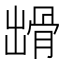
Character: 𩨳